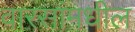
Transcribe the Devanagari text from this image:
वारसांमधील